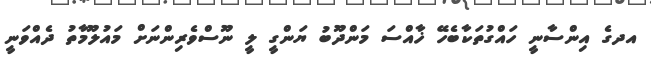
އދގެ އިންސާނީ ހައްގުތަކާބެހޭ ޚާއްސަ މަންދޫބު ޔަންގީ ލީ ނޫސްވެރިންނަށް މައުލޫމާތު ދެއްވަނީ